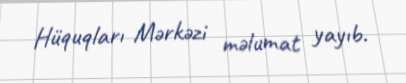
Hüquqları Mərkəzi məlumat yayıb.